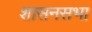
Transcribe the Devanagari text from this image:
शासनसभा